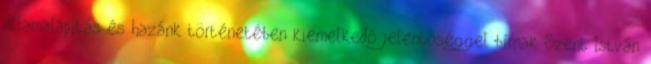
államalapítás és hazánk történetében kiemelkedő jelentőséggel bírnak Szent István